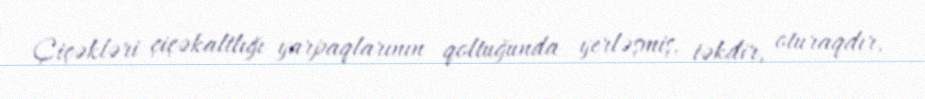
Çiçəkləri çiçəkaltlığı yarpaqlarının qoltuğunda yerləşmiş, təkdir, oturaqdır,